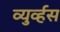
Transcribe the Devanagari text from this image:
व्युर्व्हस